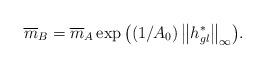
LaTeX: \begin{align*}\overline m _B = \overline m _A \exp \big( {\left( {1/A_0 }\right)\left\| {h^*_{gl} } \right\|_\infty } \big).\end{align*}